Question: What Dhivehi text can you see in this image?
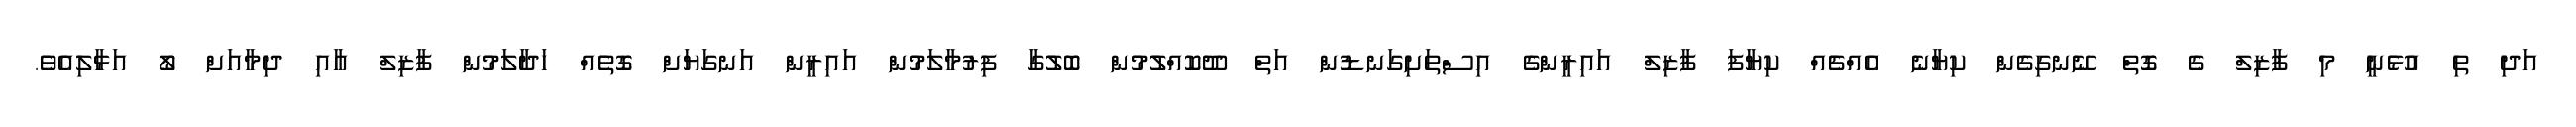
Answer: އަދި ތި އުޅެނީ މި ފާޒިލް ގެ ގޮތް ނޭނގިގެން ކިޔާނެ އެއްޗެއް ކިޔާފަ ފާޒިލް އައިރީންގެ އިސްތަށިގަނޑުން އަތް ދޫކޮއްލުމުން ބޮލުގާ ފިރުމާލަމުން އައިރީން އަނގަޔަށް ގޮތެއް ހަދާލަމުން ފާޒިލް އާއި ދިމާއަށް ލޯ އަޅާލިއެވެ.